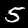
Digit: 5